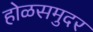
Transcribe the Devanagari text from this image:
होळसमुदर